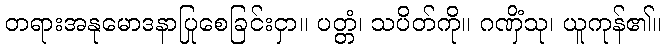
တရားအနုမောဒနာပြုစေခြင်းငှာ။ ပတ္တံ၊ သပိတ်ကို။ ဂဏှိံသု၊ ယူကုန်၏။